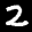
Label: 2